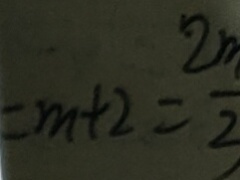
= m + 2 = \frac { 2 n } { 2 }